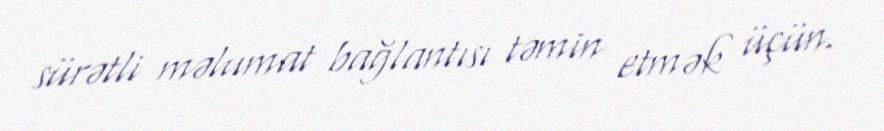
sürətli məlumat bağlantısı təmin etmək üçün.